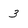
Character: 3